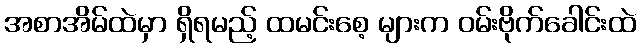
အစာအိမ်ထဲမှာ ရှိရမည့် ထမင်းစေ့ များက ဝမ်းဗိုက်ခေါင်းထဲ